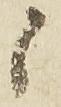
候